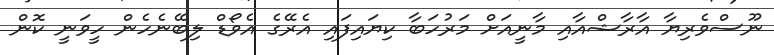
ނޫސްވެރިޔާ އާރާޝްއާއި މާނީއަށް މަރުހަބާ ކިޔައިފައި އެރޭގެ އެވޯޑް ލިބޭނެހެން ހީވަނީ ކޮން